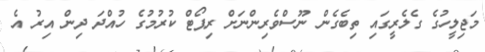
މަޖިލީހުގެ ގެލެރީގައި ތިބެގެން ނޫސްވެރިންނަށް ރިޕޯޓް ކުރުމުގެ ހުއްދަ ދިން އިރު އެ